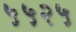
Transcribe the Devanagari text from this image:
५५२५